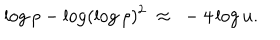
\log \rho - \log ( \log \rho ) ^ { 2 } ~ \approx ~ - 4 \log u .